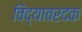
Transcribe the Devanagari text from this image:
विद्यावरदक